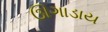
ઊગાડાય